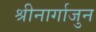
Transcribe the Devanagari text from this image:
श्रीनार्गाजुन